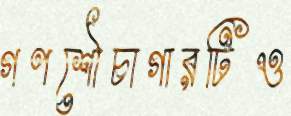
গণশৌচাগারটিও